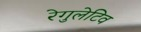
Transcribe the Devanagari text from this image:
रेगुलेटिव